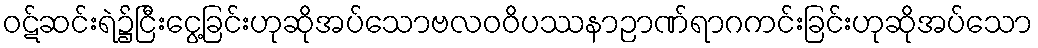
ဝဋ်ဆင်းရဲ၌ငြီးငွေ့ခြင်းဟုဆိုအပ်သောဗလဝဝိပဿနာဉာဏ်ရာဂကင်းခြင်းဟုဆိုအပ်သော